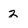
Character: 2